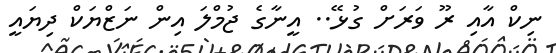
ނިކް އާއި ރޫ ވަރަށް ގުޅޭ.. އީނާގެ ޖުމްލަ އިން ނަޒްޔަކް ދިޔައީ